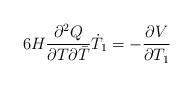
LaTeX: \begin{align*}6 H \frac{\partial^2 Q}{\partial T \partial {\bar{T}}}\dot{T}_1=-\frac{\partial V}{\partial T_1}\end{align*}